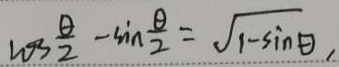
\cos \frac { \theta } { 2 } - \sin \frac { \theta } { 2 } = \sqrt { 1 - \sin \theta }